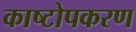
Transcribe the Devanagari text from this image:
काष्टोपकरण